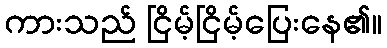
ကားသည် ငြိမ့်ငြိမ့်ပြေးနေ၏။